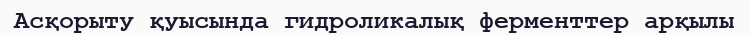
Асқорыту қуысында гидроликалық ферменттер арқылы